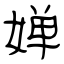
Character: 婵